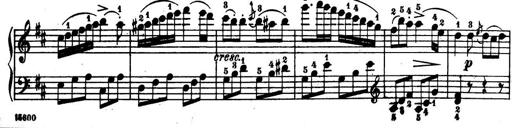
Title: 32 Sonatinas and Rondos for the Piano
Composer: Richard Kleinmichel